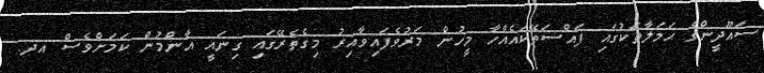
ސައޫދީންގެ ޙަމަލާތަކުގައި ފައްސަތޭކައެއްހާ މީހުން މަރުވެފައިވާއިރު މިގެތެރޭގައި ގިނައީ އާންމުން ކަމަށްވެސް އދ.